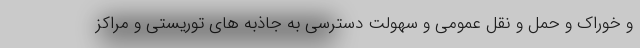
و خوراک و حمل و نقل عمومی و سهولت دسترسی به جاذبه های توریستی و مراکز